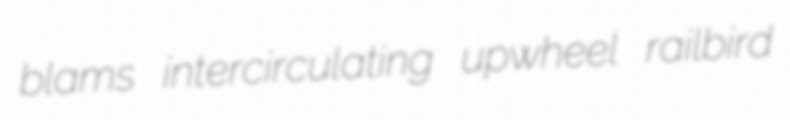
blams intercirculating upwheel railbird